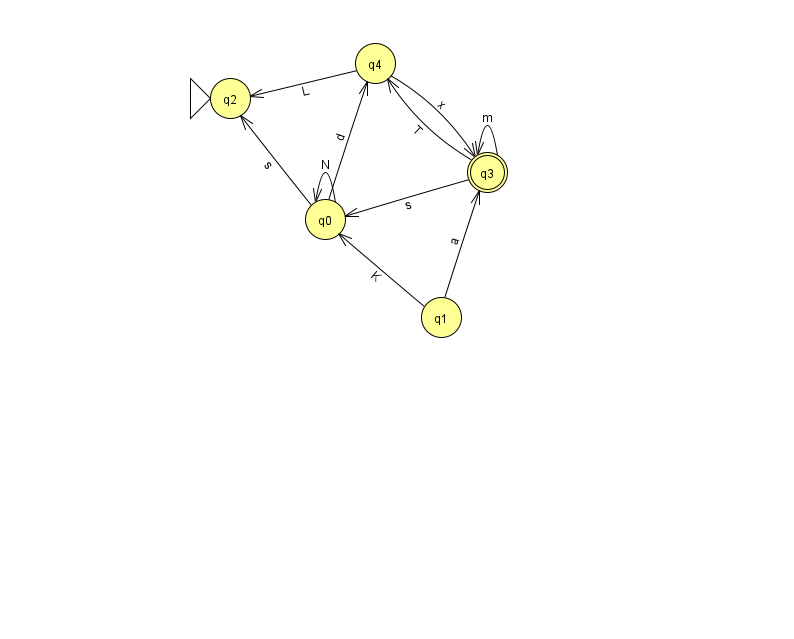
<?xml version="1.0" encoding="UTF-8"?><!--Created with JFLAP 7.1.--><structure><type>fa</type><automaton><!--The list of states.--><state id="0" name="q0"><x>325.0</x><y>206.0</y></state><state id="1" name="q1"><x>441.0</x><y>304.0</y></state><state id="2" name="q2"><x>230.0</x><y>85.0</y><initial/></state><state id="3" name="q3"><x>487.0</x><y>159.0</y><final/></state><state id="4" name="q4"><x>375.0</x><y>50.0</y></state><!--The list of transitions.--><transition><from>4</from><to>2</to><read>L</read></transition><transition><from>3</from><to>4</to><read>T</read></transition><transition><from>1</from><to>0</to><read>K</read></transition><transition><from>0</from><to>4</to><read>d</read></transition><transition><from>3</from><to>0</to><read>s</read></transition><transition><from>1</from><to>3</to><read>a</read></transition><transition><from>3</from><to>3</to><read>m</read></transition><transition><from>0</from><to>0</to><read>N</read></transition><transition><from>0</from><to>2</to><read>s</read></transition><transition><from>4</from><to>3</to><read>x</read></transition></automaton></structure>